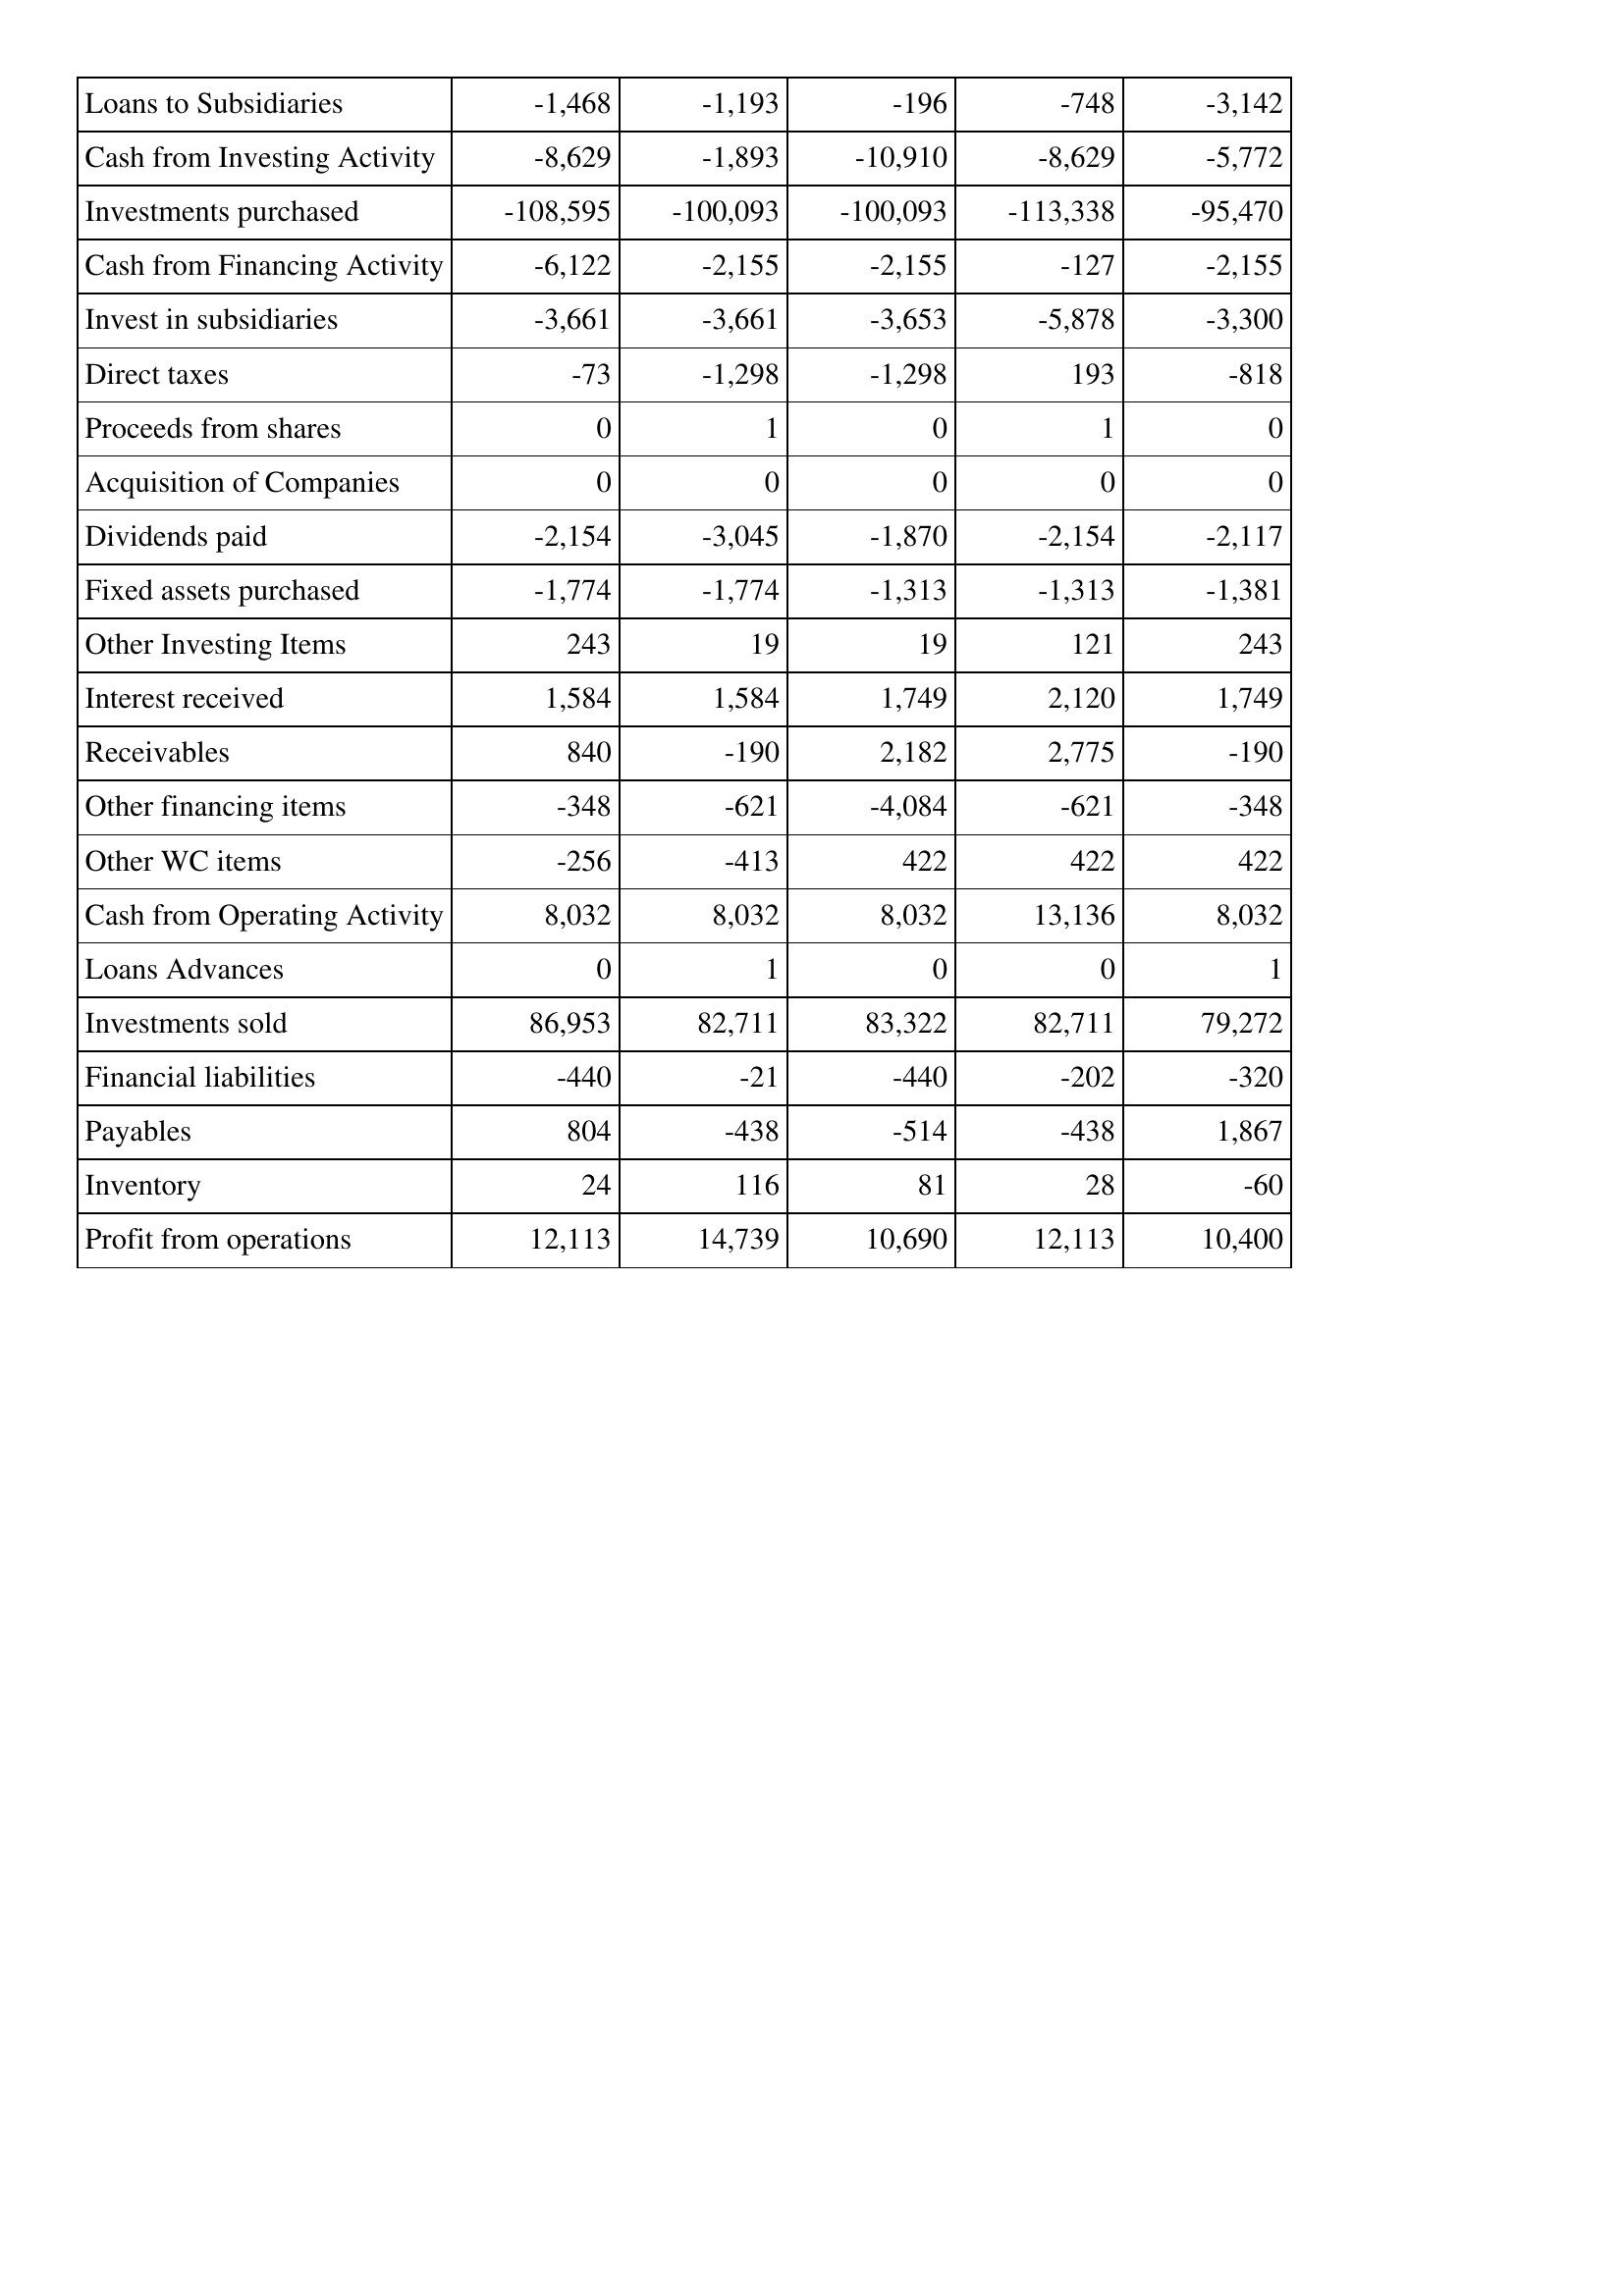
Oct-18: Cash Flows: Loans to Subsidiaries: -1,468
Cash from Investing Activity: -8,629
Investments purchased: -108,595
Cash from Financing Activity: -6,122
Invest in subsidiaries: -3,661
Direct taxes: -73
Proceeds from shares: 0
Acquisition of Companies: 0
Dividends paid: -2,154
Fixed assets purchased: -1,774
Other Investing Items: 243
Interest received: 1,584
Receivables: 840
Other financing items: -348
Other WC items: -256
Cash from Operating Activity: 8,032
Loans Advances: 0
Investments sold: 86,953
Financial liabilities: -440
Payables: 804
Inventory: 24
Profit from operations: 12,113
Oct-17: Cash Flows: Loans to Subsidiaries: -1,193
Cash from Investing Activity: -1,893
Investments purchased: -100,093
Cash from Financing Activity: -2,155
Invest in subsidiaries: -3,661
Direct taxes: -1,298
Proceeds from shares: 1
Acquisition of Companies: 0
Dividends paid: -3,045
Fixed assets purchased: -1,774
Other Investing Items: 19
Interest received: 1,584
Receivables: -190
Other financing items: -621
Other WC items: -413
Cash from Operating Activity: 8,032
Loans Advances: 1
Investments sold: 82,711
Financial liabilities: -21
Payables: -438
Inventory: 116
Profit from operations: 14,739
Oct-16: Cash Flows: Loans to Subsidiaries: -196
Cash from Investing Activity: -10,910
Investments purchased: -100,093
Cash from Financing Activity: -2,155
Invest in subsidiaries: -3,653
Direct taxes: -1,298
Proceeds from shares: 0
Acquisition of Companies: 0
Dividends paid: -1,870
Fixed assets purchased: -1,313
Other Investing Items: 19
Interest received: 1,749
Receivables: 2,182
Other financing items: -4,084
Other WC items: 422
Cash from Operating Activity: 8,032
Loans Advances: 0
Investments sold: 83,322
Financial liabilities: -440
Payables: -514
Inventory: 81
Profit from operations: 10,690
Oct-15: Cash Flows: Loans to Subsidiaries: -748
Cash from Investing Activity: -8,629
Investments purchased: -113,338
Cash from Financing Activity: -127
Invest in subsidiaries: -5,878
Direct taxes: 193
Proceeds from shares: 1
Acquisition of Companies: 0
Dividends paid: -2,154
Fixed assets purchased: -1,313
Other Investing Items: 121
Interest received: 2,120
Receivables: 2,775
Other financing items: -621
Other WC items: 422
Cash from Operating Activity: 13,136
Loans Advances: 0
Investments sold: 82,711
Financial liabilities: -202
Payables: -438
Inventory: 28
Profit from operations: 12,113
Oct-14: Cash Flows: Loans to Subsidiaries: -3,142
Cash from Investing Activity: -5,772
Investments purchased: -95,470
Cash from Financing Activity: -2,155
Invest in subsidiaries: -3,300
Direct taxes: -818
Proceeds from shares: 0
Acquisition of Companies: 0
Dividends paid: -2,117
Fixed assets purchased: -1,381
Other Investing Items: 243
Interest received: 1,749
Receivables: -190
Other financing items: -348
Other WC items: 422
Cash from Operating Activity: 8,032
Loans Advances: 1
Investments sold: 79,272
Financial liabilities: -320
Payables: 1,867
Inventory: -60
Profit from operations: 10,400